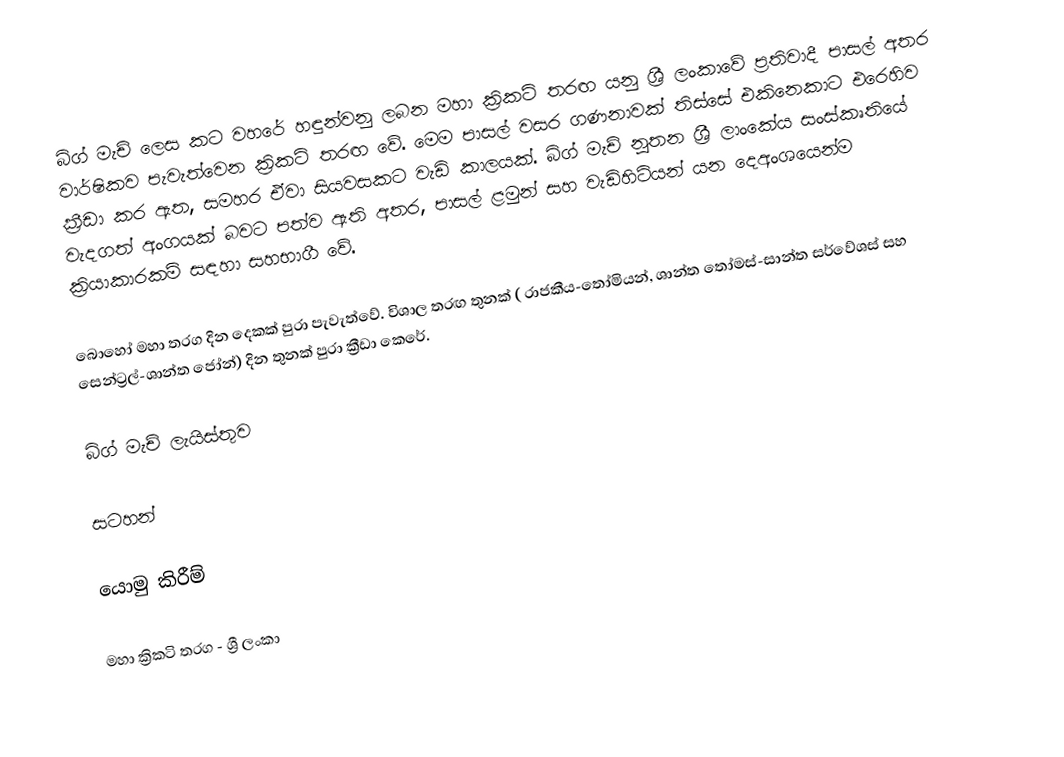
බිග් මැච් ලෙස කට වහරේ හඳුන්වනු ලබන මහා ක්‍රිකට් තරඟ යනු ශ්‍රී ලංකාවේ ප්‍රතිවාදී පාසල් අතර වාර්ෂිකව පැවැත්වෙන ක්‍රිකට් තරඟ වේ. මෙම පාසල් වසර ගණනාවක් තිස්සේ එකිනෙකාට එරෙහිව ක්‍රීඩා කර ඇත, සමහර ඒවා සියවසකට වැඩි කාලයක්. බිග් මැච් නූතන ශ්‍රී ලාංකේය සංස්කෘතියේ වැදගත් අංගයක් බවට පත්ව ඇති අතර, පාසල් ළමුන් සහ වැඩිහිටියන් යන දෙඅංශයෙන්ම ක්‍රියාකාරකම් සඳහා සහභාගී වේ.

බොහෝ මහා තරග දින දෙකක් පුරා පැවැත්වේ. විශාල තරඟ තුනක් ( රාජකීය-තෝමියන්, ශාන්ත තෝමස්-සාන්ත සර්වේශස් සහ සෙන්ට්‍රල්-ශාන්ත ජෝන්) දින තුනක් පුරා ක්‍රීඩා කෙරේ.

බිග් මැච් ලැයිස්තුව

සටහන්

යොමු කිරීම්

මහා ක්‍රිකටි තරග - ශ්‍රී ලංකා